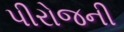
પીરોજની